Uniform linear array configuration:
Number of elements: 64
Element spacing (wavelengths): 0.5
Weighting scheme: blackman
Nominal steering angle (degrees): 60
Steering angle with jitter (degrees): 59.272
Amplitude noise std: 0.05
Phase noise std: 0.05

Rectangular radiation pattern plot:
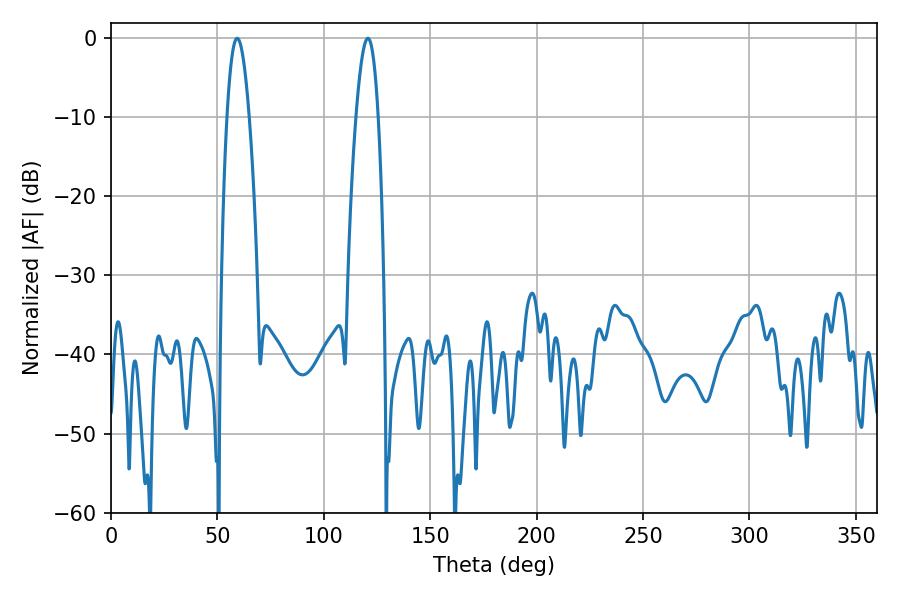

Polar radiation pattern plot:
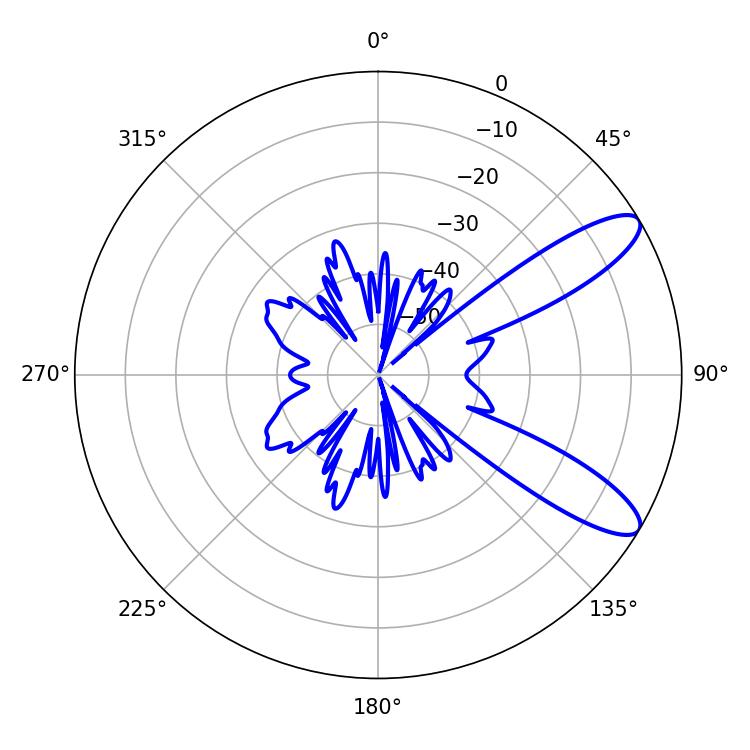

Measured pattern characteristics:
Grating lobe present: FALSE
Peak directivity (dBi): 10.318
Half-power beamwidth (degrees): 5.76
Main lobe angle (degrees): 59.22